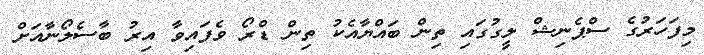
މިފަހަރުގެ ސްޕެނިޝް ލީގުގައި ތިން ބައްޔާއެކު ތިން ޑްރޯ ވެފައިވާ އިރު ބާސެލޯނާއަށް